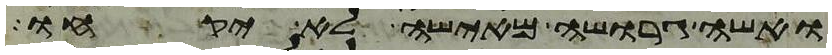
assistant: ואשה גרושה מאישה לא יקחו